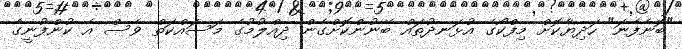
"ބޮނެފެނަ" ހަދިޔާކޮށް މިފްކޯގެ އުޅަނދުތައް ބޭނުންކޮށްގެން ދިއްލުމުގެ މަސައްކަތް ވެސް އެ ކުންފުނީގެ